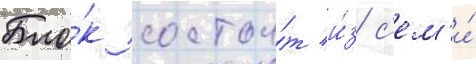
Бло́к состои́т и́з с'ем'и́